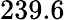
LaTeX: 239.6